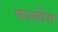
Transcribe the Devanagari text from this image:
कालीस